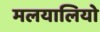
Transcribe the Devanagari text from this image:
मलयालियो